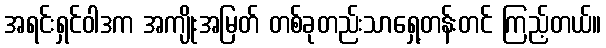
အရင်းရှင်ဝါဒက အကျိုးအမြတ် တစ်ခုတည်းသာရှေ့တန်းတင် ကြည့်တယ်။